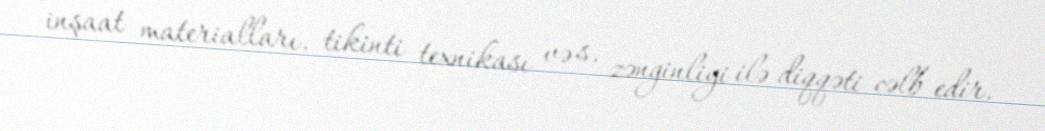
inşaat materialları, tikinti texnikası və s. zənginliyi ilə diqqəti cəlb edir.